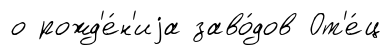
о рожд'е́н'иjа заво́дов От'е́ц